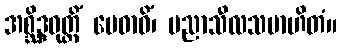
အစ္ဆိဒ္ဒဝုတ္တိံ မေဓာဝိံ၊ ပညာသီလသမာဟိတံ။